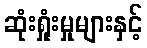
ဆုံးရှုံးမှုများနှင့်